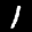
Label: 1